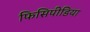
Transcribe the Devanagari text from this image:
फिसिपीडिया